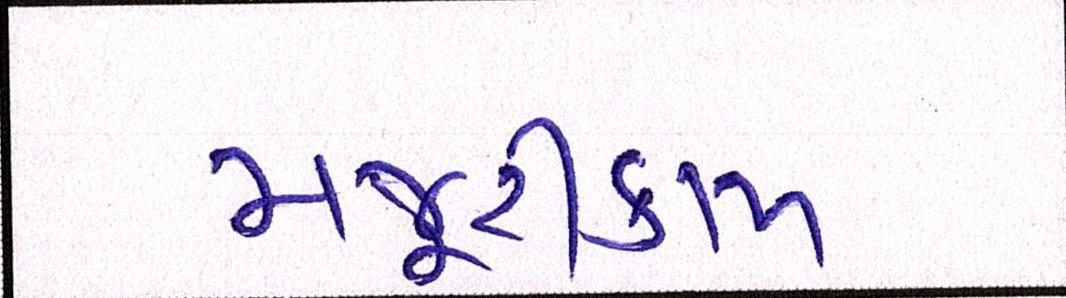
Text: મજૂરીકામ